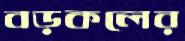
বড়কলের